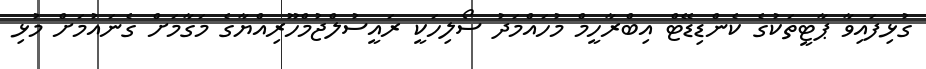
ގުޅިފައިވާ ޕާޓީތަކުގެ ކެންޑިޑޭޓް އިބްރާހީމް މުހައްމަދު ސޯލިހަކީ ރައީސުލްޖުމްހޫރިއްޔާގެ މަގާމަށް ގެނައުމަށް މުޅި